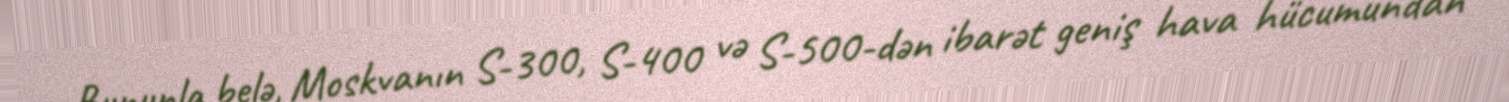
Bununla belə, Moskvanın S-300, S-400 və S-500-dən ibarət geniş hava hücumundan